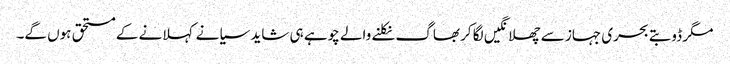
مگر ڈوبتے بحری جہاز سے چھلانگیں لگا کر بھاگ نکلنے والے چوہے ہی شاید سیانے کہلانے کے مستحق ہوں گے۔